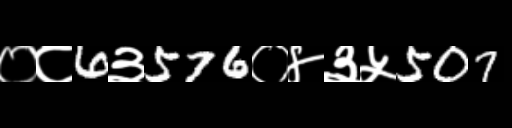
Text: ०८6३576०४३५507